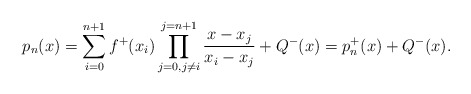
\begin{align*}\begin{aligned}p_n(x)=\sum_{i=0}^{n+1}f^{+}(x_i)\prod_{j=0, j\neq i}^{j=n+1}\dfrac{x-x_j}{x_i-x_j}+Q^-(x)=p^+_n(x)+Q^-(x).\end{aligned}\end{align*}